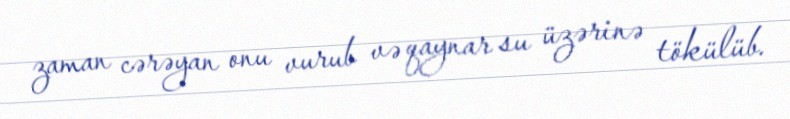
zaman cərəyan onu vurub və qaynar su üzərinə tökülüb.